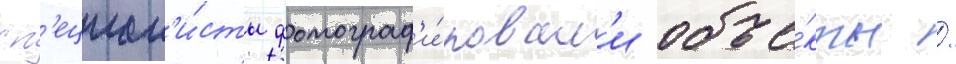
сп'ециал'и́сты фотограф'и́ровал'и объе́кты /